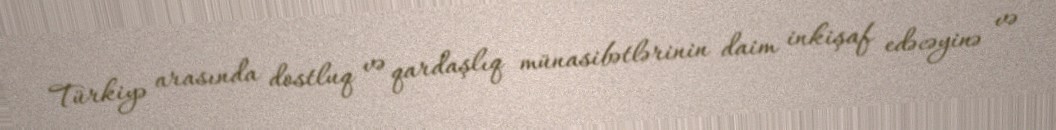
Türkiyə arasında dostluq və qardaşlıq münasibətlərinin daim inkişaf edəcəyinə və